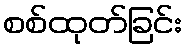
စစ်ထုတ်ခြင်း